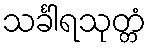
သင်္ခါရသုတ္တံ